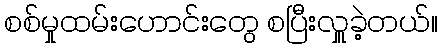
စစ်မှုထမ်းဟောင်းတွေ စပြီးလှူခဲ့တယ်။